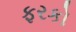
ફરકો